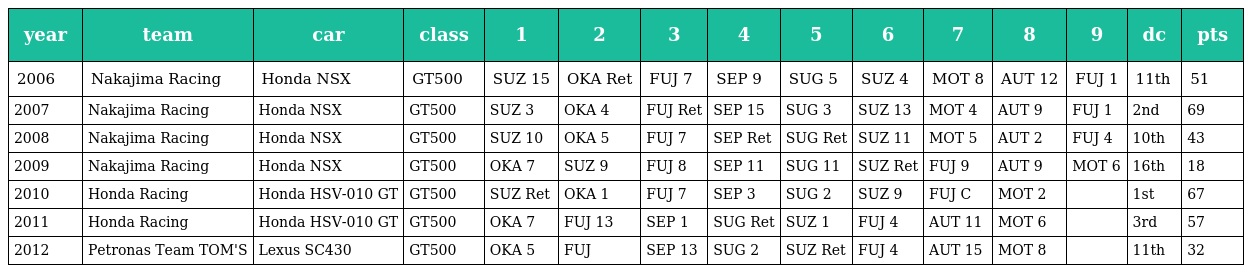
| year | team | car | class | 1 | 2 | 3 | 4 | 5 | 6 | 7 | 8 | 9 | dc | pts |
 | --- | --- | --- | --- | --- | --- | --- | --- | --- | --- | --- | --- | --- | --- | --- |
 | 2006 | Nakajima Racing | Honda NSX | GT500 | SUZ 15 | OKA Ret | FUJ 7 | SEP 9 | SUG 5 | SUZ 4 | MOT 8 | AUT 12 | FUJ 1 | 11th | 51 |
 | 2007 | Nakajima Racing | Honda NSX | GT500 | SUZ 3 | OKA 4 | FUJ Ret | SEP 15 | SUG 3 | SUZ 13 | MOT 4 | AUT 9 | FUJ 1 | 2nd | 69 |
 | 2008 | Nakajima Racing | Honda NSX | GT500 | SUZ 10 | OKA 5 | FUJ 7 | SEP Ret | SUG Ret | SUZ 11 | MOT 5 | AUT 2 | FUJ 4 | 10th | 43 |
 | 2009 | Nakajima Racing | Honda NSX | GT500 | OKA 7 | SUZ 9 | FUJ 8 | SEP 11 | SUG 11 | SUZ Ret | FUJ 9 | AUT 9 | MOT 6 | 16th | 18 |
 | 2010 | Honda Racing | Honda HSV-010 GT | GT500 | SUZ Ret | OKA 1 | FUJ 7 | SEP 3 | SUG 2 | SUZ 9 | FUJ C | MOT 2 |  | 1st | 67 |
 | 2011 | Honda Racing | Honda HSV-010 GT | GT500 | OKA 7 | FUJ 13 | SEP 1 | SUG Ret | SUZ 1 | FUJ 4 | AUT 11 | MOT 6 |  | 3rd | 57 |
 | 2012 | Petronas Team TOM'S | Lexus SC430 | GT500 | OKA 5 | FUJ | SEP 13 | SUG 2 | SUZ Ret | FUJ 4 | AUT 15 | MOT 8 |  | 11th | 32 |